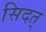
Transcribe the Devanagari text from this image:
सिदत्